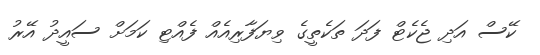
ކޭސް އަދި ޖެކެޓް ފަދަ ތަކެތީގެ ވިޔަފާރިއެއް ފެއްޓި ކަމަށް ސައީދު އޭރު